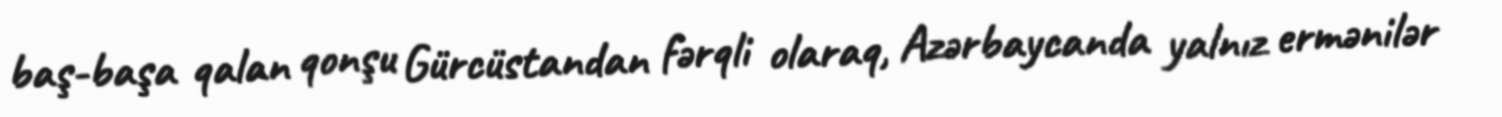
baş-başa qalan qonşu Gürcüstandan fərqli olaraq, Azərbaycanda yalnız ermənilər